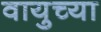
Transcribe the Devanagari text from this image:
वायुच्या